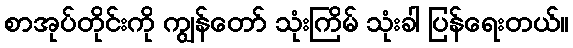
စာအုပ်တိုင်းကို ကျွန်တော် သုံးကြိမ် သုံးခါ ပြန်ရေးတယ်။